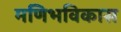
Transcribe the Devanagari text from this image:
मणिभविकास